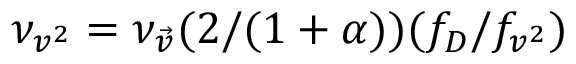
\nu _ { v ^ { 2 } } = \nu _ { \vec { v } } ( 2 / ( 1 + \alpha ) ) ( f _ { D } / f _ { v ^ { 2 } } )